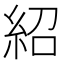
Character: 紹